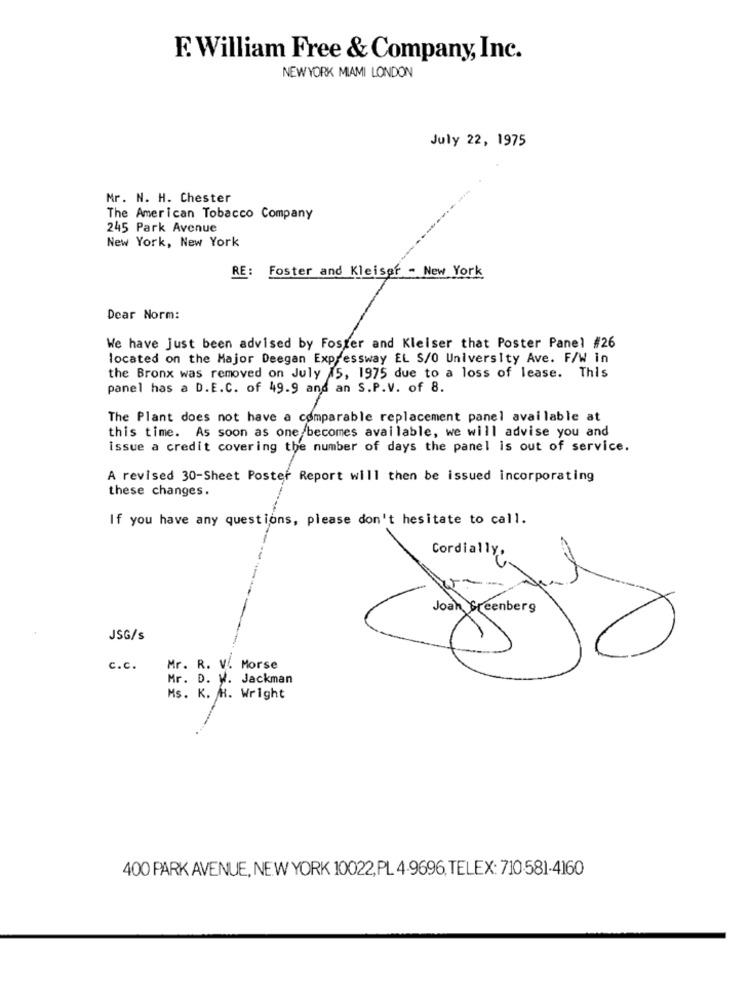
F. William Free & Company, Inc.
NEW YORK MIAMI LONDON
July 22, 1975
Mr. N. H. Chester
The American Tobacco Company
245 Park Avenue
New York, New York
RE :
Foster and Kleiser - New York
Dear Norm:
We have just been advised by Foster and Kleiser that Poster Panel #26
located on the Major Deegan Expressway EL S/0 University Ave. F/W in
the Bronx was removed on July 15, 1975 due to a loss of lease. This
panel has a D.E.C. of 49.9 and an S.P.V. of 8.
The Plant does not have a comparable replacement panel available at
this time. As soon as one becomes available, we will advise you and
issue a credit covering the number of days the panel is out of service.
A revised 30-Sheet Poster Report will then be issued incorporating
these changes.
If you have any questions, please don't hesitate to call.
Cordially,
JSG/s
c.c.
Mr. R. V. Morse
Mr. D. W. Jackman
Ms. K. R. Wright
400 PARK AVENUE, NEW YORK 10022, PL 4-9696, TELEX: 710-581-4160